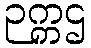
ဉက္ကဌ